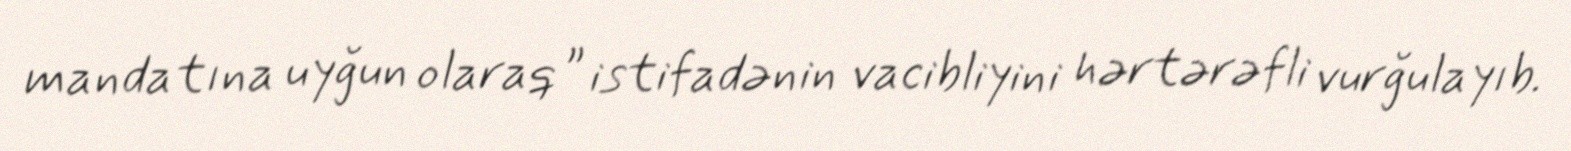
mandatına uyğun olaraq” istifadənin vacibliyini hərtərəfli vurğulayıb.